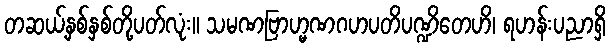
တဆယ့်နှစ်နှစ်တို့ပတ်လုံး။ သမဏဗြာဟ္မဏဂဟပတိပဏ္ဍိတေဟိ၊ ရဟန်းပညာရှိ